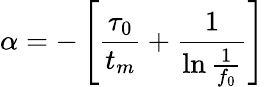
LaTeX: \alpha=-\left[\frac{\tau_{0}}{t_{m}}+\frac{1}{\ln{\frac{1}{f_{0}}}}\right]